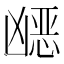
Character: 𭂿